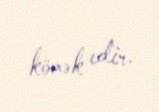
kömək edir.